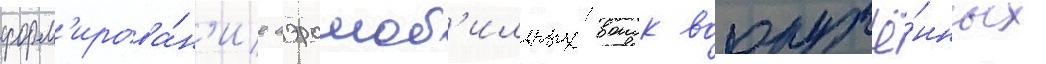
форм'ирова́н'ие аэромоб'ильных воиск вооружё́нных